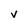
Character: v